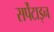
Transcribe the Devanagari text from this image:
सर्पेंटाइन